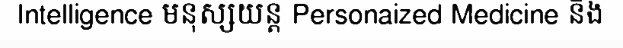
Intelligence មនុស្សយន្ត Personaized Medicine និង